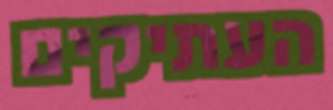
העתיקים